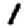
Digit: 1